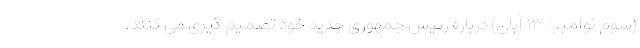
(سوم نوامبر/۱۳ آبان) درباره رئیس جمهوری جدید خود تصمیم گیری می کنند.